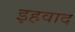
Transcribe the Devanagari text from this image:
इहवाद